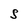
Character: S